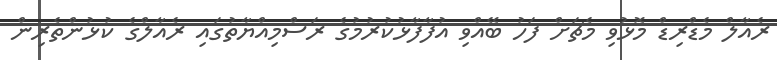
ރެއާލް މެޑްރިޑް މޮޅުވި މެޗަށް ފަހު ބޭއްވި އުފާފާޅުކުރުމުގެ ރަސްމިއްޔާތުގައި ރެއާލްގެ ކުޅުންތެރިން